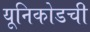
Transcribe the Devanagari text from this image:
यूनिकोडची